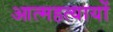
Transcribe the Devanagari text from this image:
आत्महत्यायों